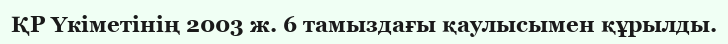
ҚР Үкіметінің 2003 ж. 6 тамыздағы қаулысымен құрылды.